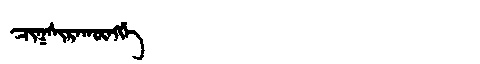
Manchu: ᠴᡳᡴᠰᡳᡵᠠᡴᡡᠩᡤᡝ
Romanization: CIKSIRAKŪNGGE